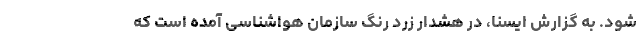
شود. به گزارش ایسنا، در هشدار زرد رنگ سازمان هواشناسی آمده است که